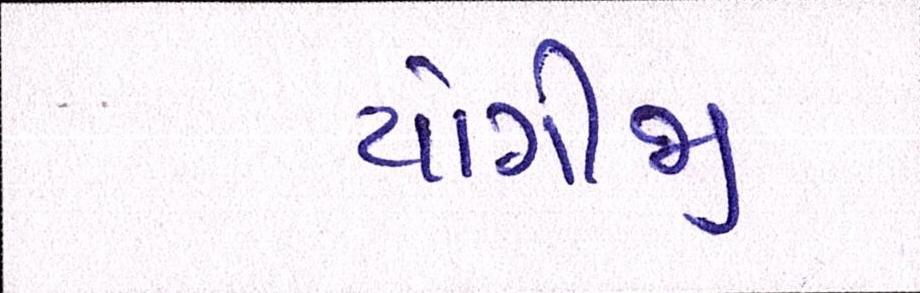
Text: યોગીજી